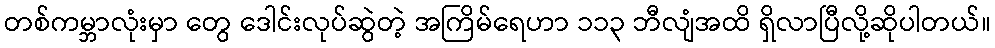
တစ်ကမ္ဘာလုံးမှာ တွေ ဒေါင်းလုပ်ဆွဲတဲ့ အကြိမ်ရေဟာ ၁၁၃ ဘီလျံအထိ ရှိလာပြီလို့ဆိုပါတယ်။